Indian Medical Review
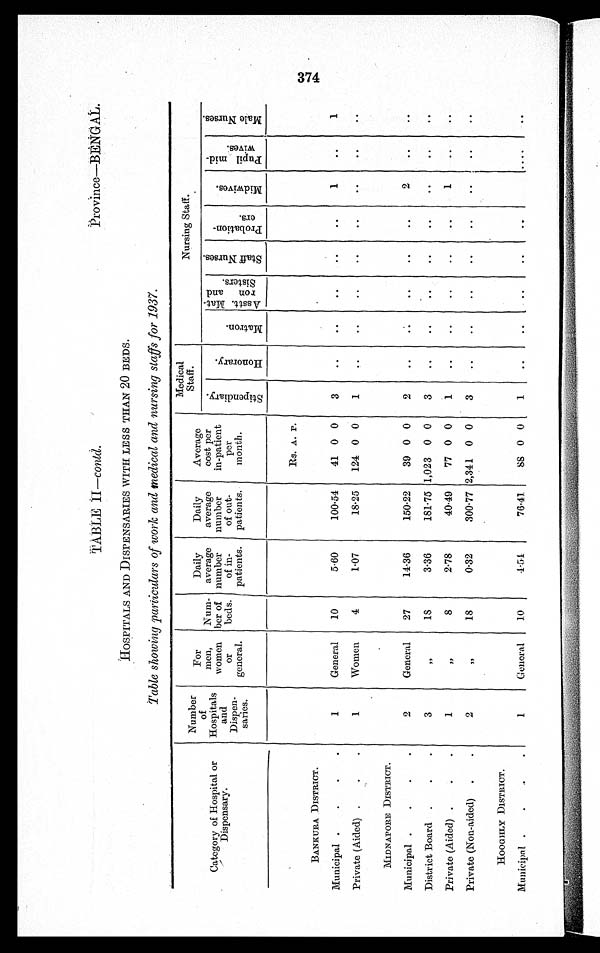
TABLE II —contd.
Province—BENGAL.
HOSPITALS AND DISPENSARIES WITH LESS THAN 20 BEDS.
Table showing particulars of work and medical and nursing staffs for 1937.
Category of Hospital or
Dispensary.
Number
of
Hospitals
and
Dispen
saries.
For
men, women
Or
general.
Num-ber of
beds.
Daily
average number
of in-
patients.
Daily
average
number
of out-
patients.
Average
cost per
per
month..
Medical
Staff.
Nursing Staff..
St i pendar y.
Ho n o r a r y .
Mat ron.
Asstt. Mat-
ron and
Sisters.
S t a f f N u r s e s .
P r o b a t i o n -
ers.
Mi d wi v e s .
Pupi l mi d-
wives
Ma l e Nu r s e s .
Rs. A. P.
BANKURA DISTRICT.
Municipal
1
General
10
5.60
100.54
41 0 0
3
..
..
..
..
..
1
..
1
Private (Aided)
1
Women
4
1.07
18.25
124 0 0
1
. .
..
..
..
..
..
..
..
MIDNAPORE DISTRICT.
Municipal
2
General
27
14·36
150·22
39 0 0
2
. .
..
. .
..
..
2
..
..
District Board
3
,,
18
3·36
181·75 1,023 0 0
3
..
..
..
..
..
. .
..
. .
Private (Aided)
1
,,
8
2·78
40·49
77 0 0
1
..
..
..
..
..
1
..
. .
Private (Non-aided)
2
,,
18
0·32
300·77 2,341 0 0
3
..
..
..
..
. . ..
..
..
HOOGHLY DISTRICT.
Municipal
1
General
10
4·51
76·41
88 0 0
1
..
..
..
..
. .
. . . .
. .